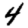
Digit: 4